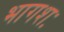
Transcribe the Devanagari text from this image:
भागशः